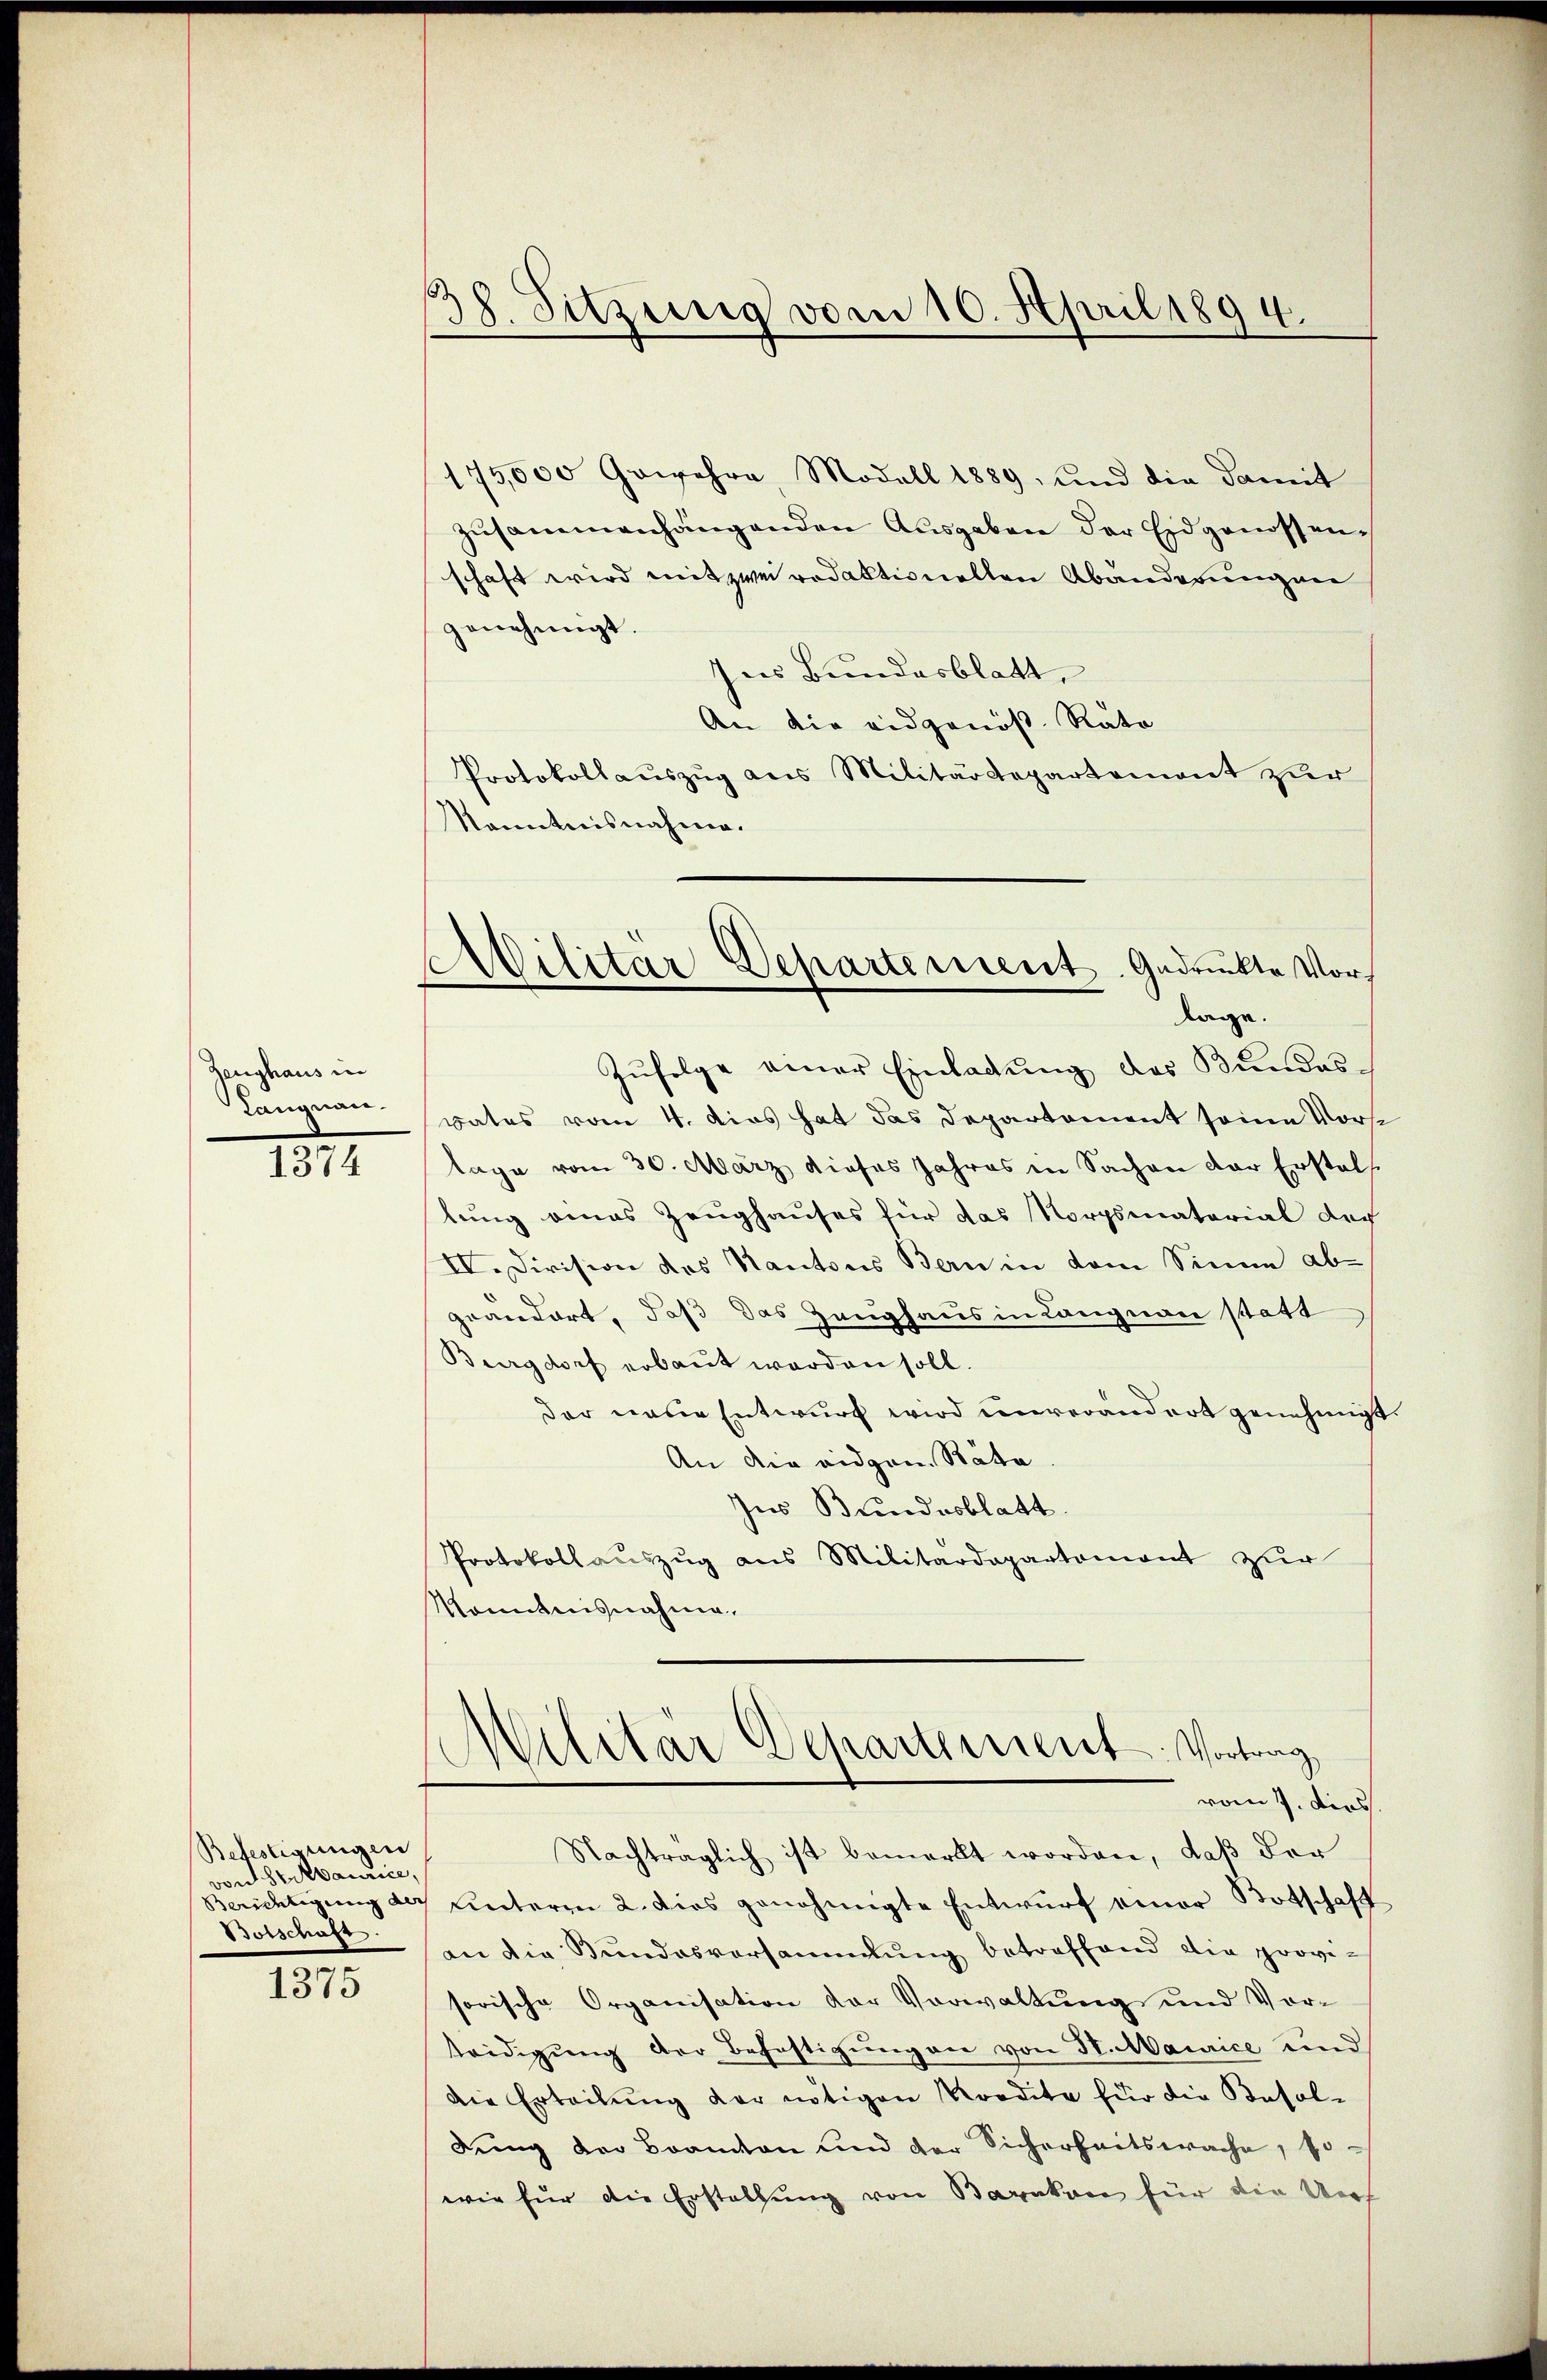
Zeughaus in
Langnau.

1374

Befestigungen
von Sr Maurice,
Botschaft.

1375

Sitzung vom 10. April 1894.

175,000 Gewehre, Modell 1889, und die damit
zusammenhängenden Ausgaben der Eidgenossenschaft wird mit zwei redaktionellen Abänderung ver
genehmigt.
Ins Bundesblatt,
An die eidgenös. Rata
Protokollauszug aus Militärdepartement zur
Kenntnisnahme.
Zŭfolge einer Einladŭng des Bundesvates vom 4. das hat das Departement seine Vorst
lage vom 30. März dieses Jahres in Sachen der Erstels
lung eines Zeughauses für das Norgsmatorial doch
IV. Division des Kantons Bern in dem Sinne ab-
grandort, daß das Zeughaus in Langnau statt
Burgdorf erbaut worden soll.
der neue Entwurf wird unverändert genehmigt.
An die eidgen. Räte
Ins Bundesblatt
Protokollauszug aus Militärdepartement zur
Monntnisnahme.

MMilitär Departement. Gedruckte Vorlage.

Militär Departement: Vortrag
vom 7. dies

Nachträglich ist bemerkt worden, daß der
Berichtigung der unterm 2. dies genehmigte Entwurf einer Botschaft
an die Bundesversammlung betreffend die provisorische Organisation der Vorwaltung und Vorteidigung der Befestigung an von St. Maurice und
die Erteilung der nötigen Kredite für die Besoldung der Beamten und der Sicherheitsprache, sowie für die Erstellung von Baratore für die Auf